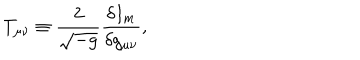
LaTeX: T _ { \mu \nu } \equiv \frac { 2 } { \sqrt { - g } } \frac { \delta I _ { m } } { \delta g _ { \mu \nu } } ,